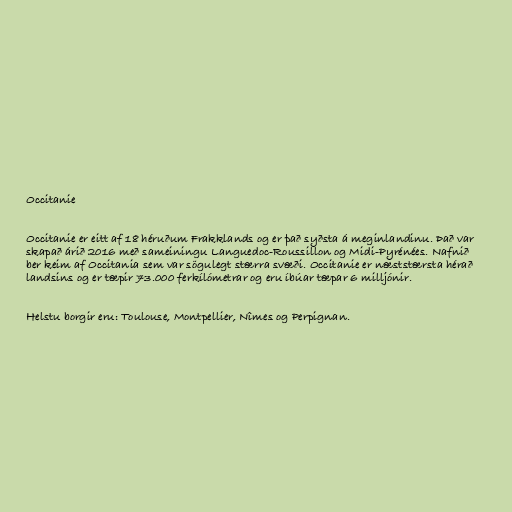
Occitanie

Occitanie er eitt af 18 héruðum Frakklands og er það syðsta á meginlandinu. Það var
skapað árið 2016 með sameiningu Languedoc-Roussillon og Midi-Pyrénées. Nafnið
ber keim af Occitania sem var sögulegt stærra svæði. Occitanie er næststærsta hérað
landsins og er tæpir 73.000 ferkílómetrar og eru íbúar tæpar 6 milljónir.

Helstu borgir eru: Toulouse, Montpellier, Nîmes og Perpignan.